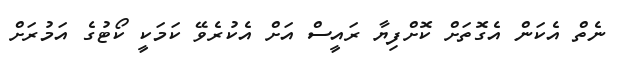
ނެތް އެކަން އެގޮތަށް ކޮށްފިޔާ ރައީސް އަށް އެކުރެވޭ ކަމަކީ ކޯޓުގެ އަމުރަށް